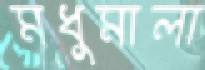
মধুমালা